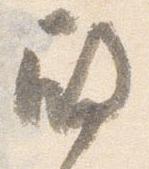
殿